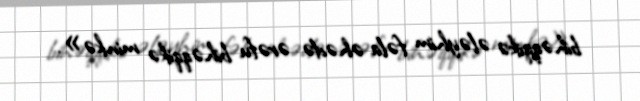
bihəqqikə ələyhim fəla əhədə ərəfu bihəqqikə minkə».